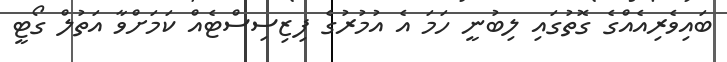
ބައިވެރިއެއްގެ ގޮތުގައި ލިބުނީ ހަމަ އެ އުމުރުގެ ފިޒިސިސްޓެއް ކަމަށްވާ އަތުލް ގޯޓީ